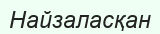
Найзаласқан